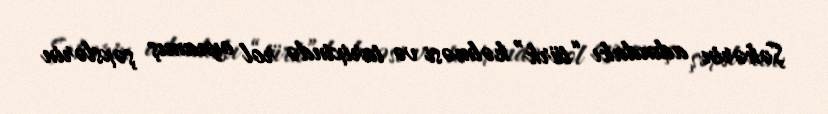
Şəhərin adındakı “türk” kəlməsi və tarixində rol oynamış şəxslərin